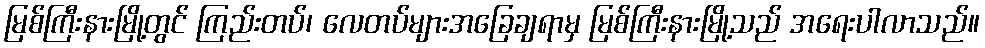
မြစ်ကြီးနားမြို့တွင် ကြည်းတပ်၊ လေတပ်များအခြေချရာမှ မြစ်ကြီးနားမြို့သည် အရေးပါလာသည်။